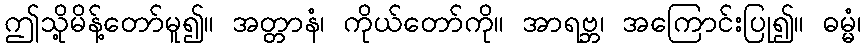
ဤသို့မိန့်တော်မူ၍။ အတ္တာနံ၊ ကိုယ်တော်ကို။ အာရဗ္ဘ၊ အကြောင်းပြု၍။ ဓမ္မံ၊